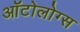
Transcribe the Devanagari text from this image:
ऑटोलोग्स